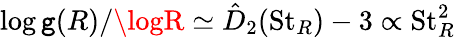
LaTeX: \log\mathtt{g}(R)/\logR\simeq\hat{{D}}_{2}(\mathrm{{St}}_{R})-3\propto\mathrm{{St}}_{R}^{2}